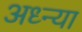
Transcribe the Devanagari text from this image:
अध्न्या